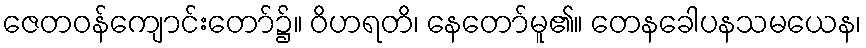
ဇေတဝန်ကျောင်းတော်၌။ ဝိဟရတိ၊ နေတော်မူ၏။ တေနခေါပနသမယေန၊